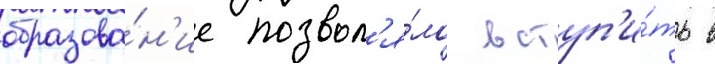
образова́н'ие позвол'я́ло вступ'и́ть в